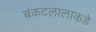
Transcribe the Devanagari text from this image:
बंकटलालाकडे